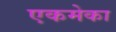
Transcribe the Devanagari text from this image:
एकमेका